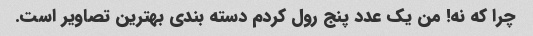
چرا که نه! من یک عدد پنج رول کردم دسته بندی بهترین تصاویر است.